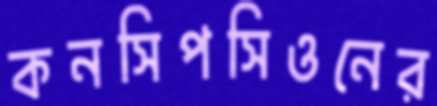
কনসিপসিওনের